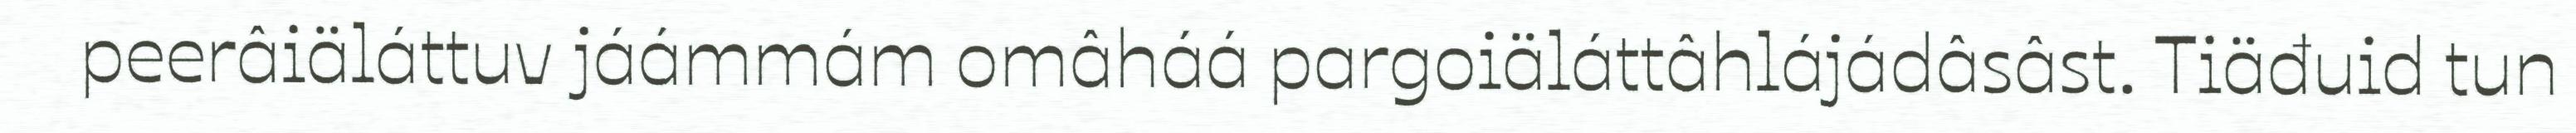
peerâiäláttuv jáámmám omâháá pargoiäláttâhlájádâsâst. Tiäđuid tun